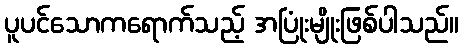
ပူပင်သောကရောက်သည့် အပြုံးမျိုးဖြစ်ပါသည်။